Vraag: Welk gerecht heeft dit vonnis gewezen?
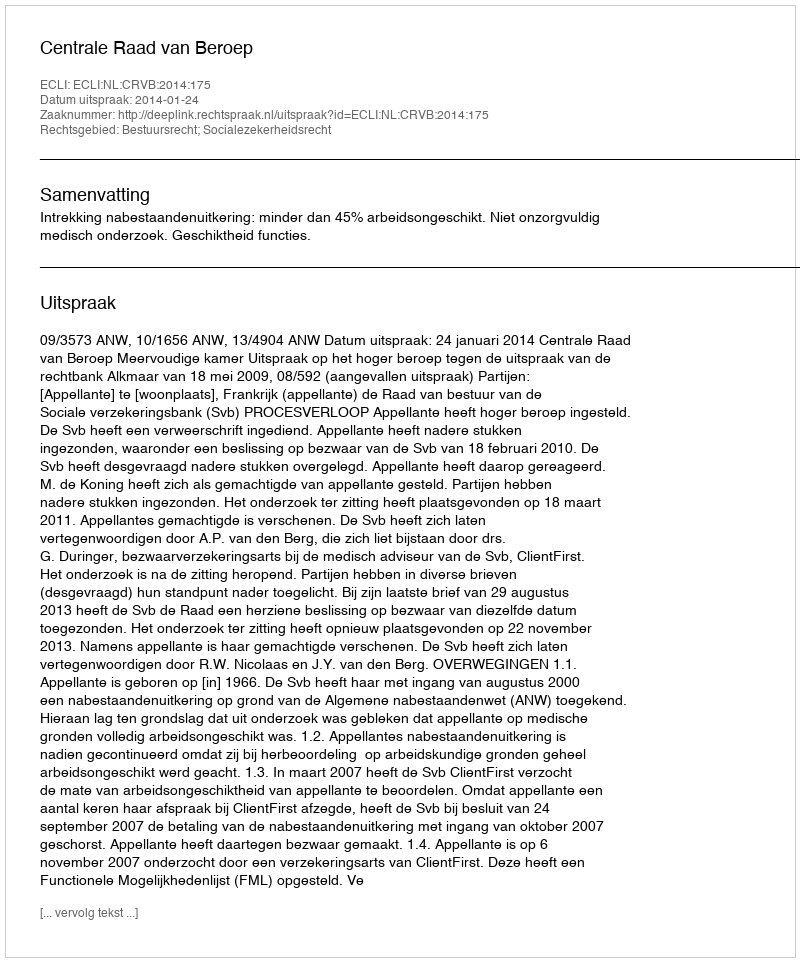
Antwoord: Centrale Raad van Beroep